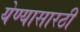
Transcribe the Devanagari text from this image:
येण्यासारठी